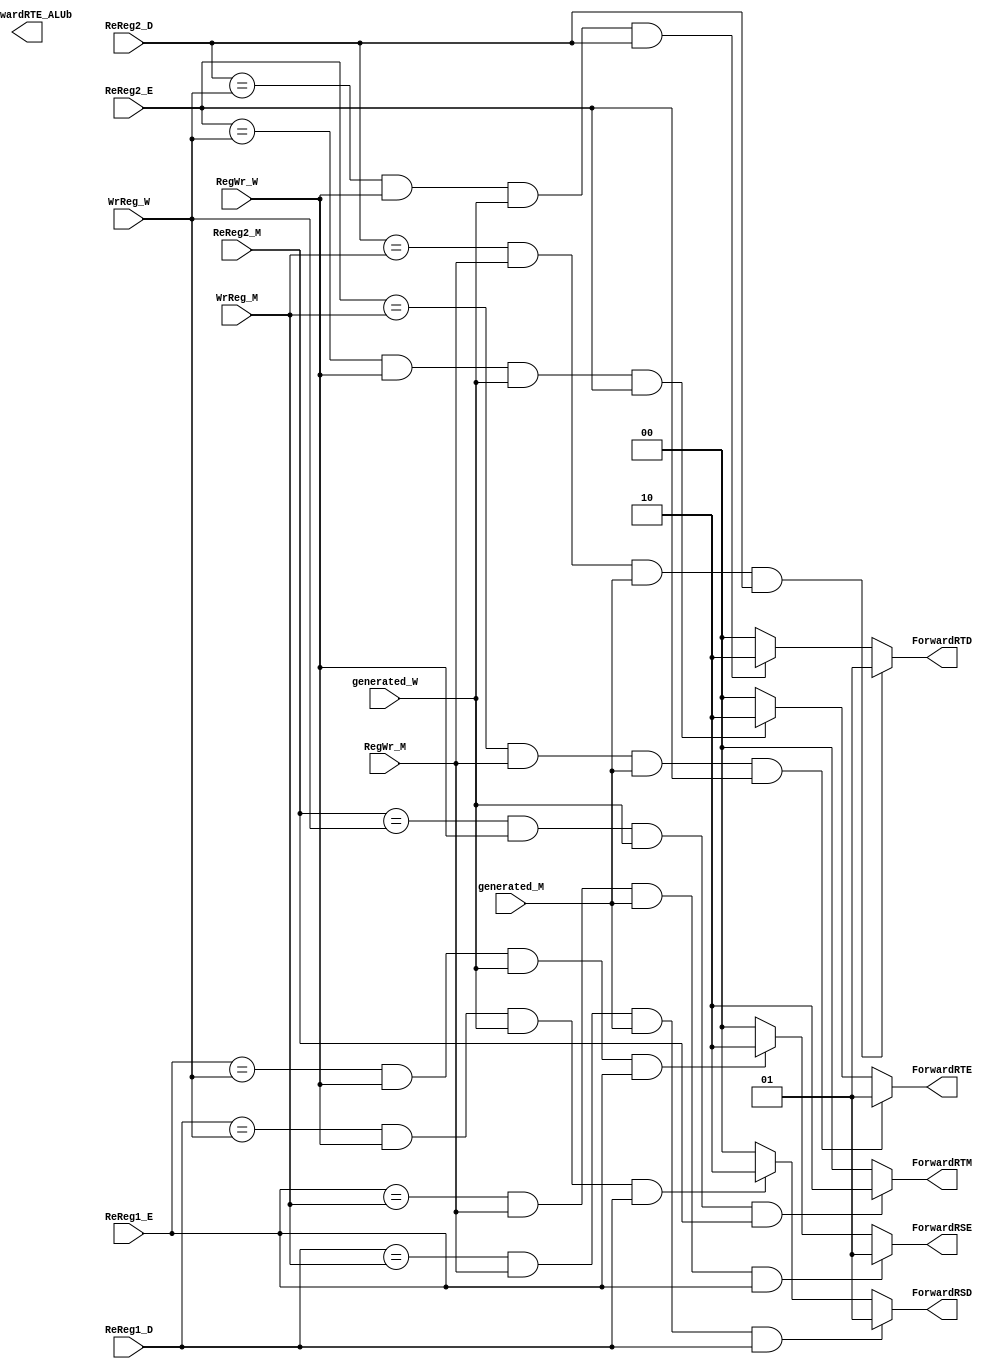
`timescale 1ns / 1ps
`define WrData_M 2'b01 
`define WrData_W 2'b10
//////////////////////////////////////////////////////////////////////////////////
// Company: 
// Engineer: 
// 
// Design Name: 
// Module Name:    forward 
// Project Name: 
// Target Devices: 
// Tool versions: 
// Description: 
//
// Dependencies: 
//
// Revision: 
// Revision 0.01 - File Created
// Additional Comments: 
//
//////////////////////////////////////////////////////////////////////////////////
module forward(
	input [4:0] WrReg_M,
	input RegWr_M,
	input generated_M,
	input [4:0] WrReg_W,
	input RegWr_W,
	input generated_W,
	input [4:0] ReReg1_E,
	input [4:0] ReReg2_E,
	input [4:0] ReReg1_D,
	input [4:0] ReReg2_D,
	input [4:0] ReReg2_M,
	
	
	
	output [1:0] ForwardRSD,
	output [1:0] ForwardRTD,
	output [1:0] ForwardRSE,
	output [1:0] ForwardRTE,
	output [1:0] ForwardRTM,
	output [1:0] ForwardRTE_ALUb
    );
	
	reg [1:0] _ForwardRSD, _ForwardRTD, _ForwardRSE, _ForwardRTE, _ForwardRTM, _ForwardRTE_ALUb;
	//reg [1:0] _ForwardRaF;
	assign ForwardRSD = _ForwardRSD;
	assign ForwardRTD = _ForwardRTD;
	assign ForwardRSE = _ForwardRSE;
	assign ForwardRTE = _ForwardRTE;
	assign ForwardRTM = _ForwardRTM;
	assign ForwardRTE_ALUb = _ForwardRTE_ALUb;
	
	//always @* begin
	//	if (5'b1f == WrReg_M && RegWr_M && generated_M)
	//		_ForwardRaF <= `WrData_M;
	//	else if (5'b1f == WrReg_W && RegWr_W && generated_W)
	//		_ForwardRaF <= `WrData_W;
	//end
	
	always @* begin
		if (ReReg1_D == WrReg_M && RegWr_M && generated_M && ReReg1_D)
			_ForwardRSD = `WrData_M;
		else if (ReReg1_D == WrReg_W && RegWr_W && generated_W && ReReg1_D)
			_ForwardRSD = `WrData_W;
		else
			_ForwardRSD = 2'b00;
		if (ReReg2_D == WrReg_M && RegWr_M && generated_M && ReReg2_D)
			_ForwardRTD = `WrData_M;
		else if (ReReg2_D == WrReg_W && RegWr_W && generated_W && ReReg2_D)
			_ForwardRTD = `WrData_W;
		else
			_ForwardRTD = 2'b00;	
	end
	
	always @* begin
		if (ReReg1_E == WrReg_M && RegWr_M && generated_M && ReReg1_E)
			_ForwardRSE = `WrData_M; 
		else if (ReReg1_E == WrReg_W && RegWr_W && generated_W && ReReg1_E)
			_ForwardRSE = `WrData_W;
		else
			_ForwardRSE = 2'b00;
		if (ReReg2_E == WrReg_M && RegWr_M && generated_M && ReReg2_E)
			_ForwardRTE = `WrData_M;
		else if (ReReg2_E == WrReg_W && RegWr_W && generated_W && ReReg2_E)
			_ForwardRTE = `WrData_W;
		else
			_ForwardRTE = 2'b00;
	end
	
	always @* begin
		if (ReReg2_M == WrReg_W && RegWr_W && generated_W && ReReg2_M)
			_ForwardRTM = `WrData_W; 
		else
			_ForwardRTM = 2'b00;
	end
	
	
	

endmodule